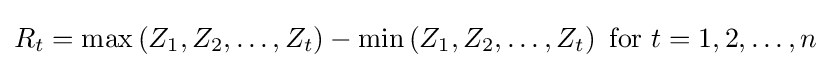
R_{t}=\max \left(Z_{1},Z_{2},\dots ,Z_{t}\right)-\min \left(Z_{1},Z_{2},\dots ,Z_{t}\right){\text{  for }}t=1,2,\dots ,n